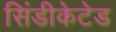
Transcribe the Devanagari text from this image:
सिंडीकेटेड